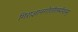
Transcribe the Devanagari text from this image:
गिराज्ञानगोतीतमीशम्